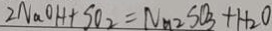
2 N a O H + S O _ { 2 } = N a _ { 2 } S O _ { 3 } + H _ { 2 } O